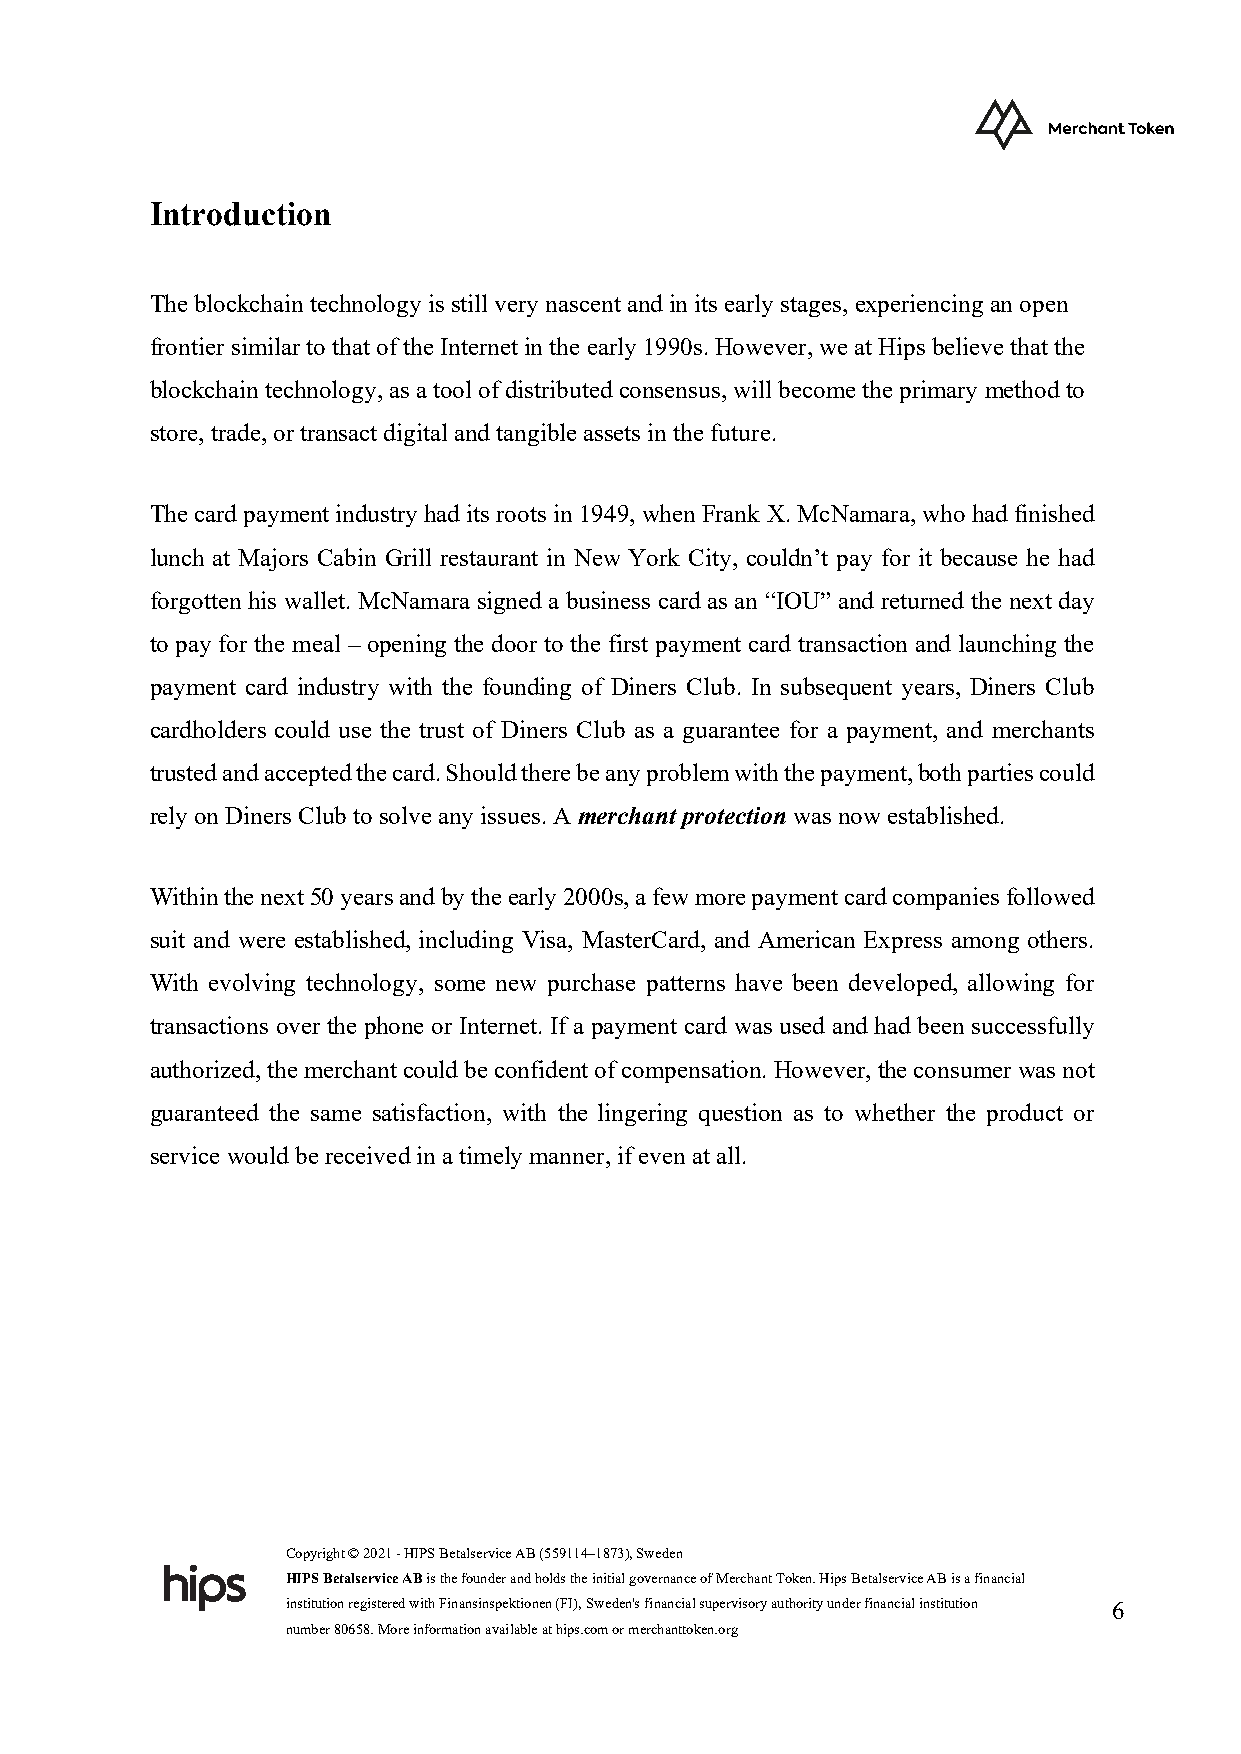
Introduction
 The blockchain technology is still very nascent and in its early stages, experiencing an open
 frontier similar to that of the Internet in the early 1990s. However, we at Hips believe that the
 blockchain technology, as a tool of distributed consensus, will become the primary method to
 store, trade, or transact digital and tangible assets in the future.
 The card payment industry had its roots in 1949, when Frank X. McNamara, who had finished
 lunch at Majors Cabin Grill restaurant in New York City, couldn’t pay for it because he had
 forgotten his wallet. McNamara signed a business card as an “IOU” and returned the next day
 to pay for the meal – opening the door to the first payment card transaction and launching the
 payment card industry with the founding of Diners Club. In subsequent years, Diners Club
 cardholders could use the trust of Diners Club as a guarantee for a payment, and merchants
 trusted and accepted the card. Should there be any problem with the payment, both parties could
 rely on Diners Club to solve any issues. A merchant protection was now established.
 Within the next 50 years and by the early 2000s, a few more payment card companies followed
 suit and were established, including Visa, MasterCard, and American Express among others.
 With evolving technology, some new purchase patterns have been developed, allowing for
 transactions over the phone or Internet. If a payment card was used and had been successfully
 authorized, the merchant could be confident of compensation. However, the consumer was not
 guaranteed the same satisfaction, with the lingering question as to whether the product or
 service would be received in a timely manner, if even at all.
 Copyright © 2021 - HIPS Betalservice AB (559114–1873), Sweden
 HIPS Betalservice AB is the founder and holds the initial governance of Merchant Token. Hips Betalservice AB is a financial
 institution registered with Finansinspektionen (FI), Sweden's financial supervisory authority under financial institution 6
 number 80658. More information available at hips.com or merchanttoken.org